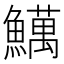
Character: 𫙽